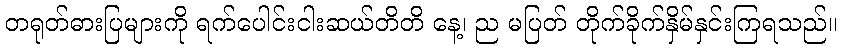
တရုတ်ဓားပြများကို ရက်ပေါင်းငါးဆယ်တိတိ နေ့၊ ည မပြတ် တိုက်ခိုက်နှိမ်နှင်းကြရသည်။